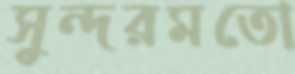
সুন্দরমতো